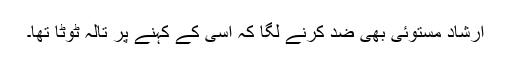
ارشاد مستوئی بھی ضد کرنے لگا کہ اُسی کے کہنے پر تالہ ٹوٹا تھا۔